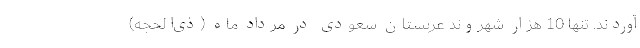
آوردند. تنها 10 هزار شهروند عربستان سعودی در مرداد ماه (ذی‌الحجه)